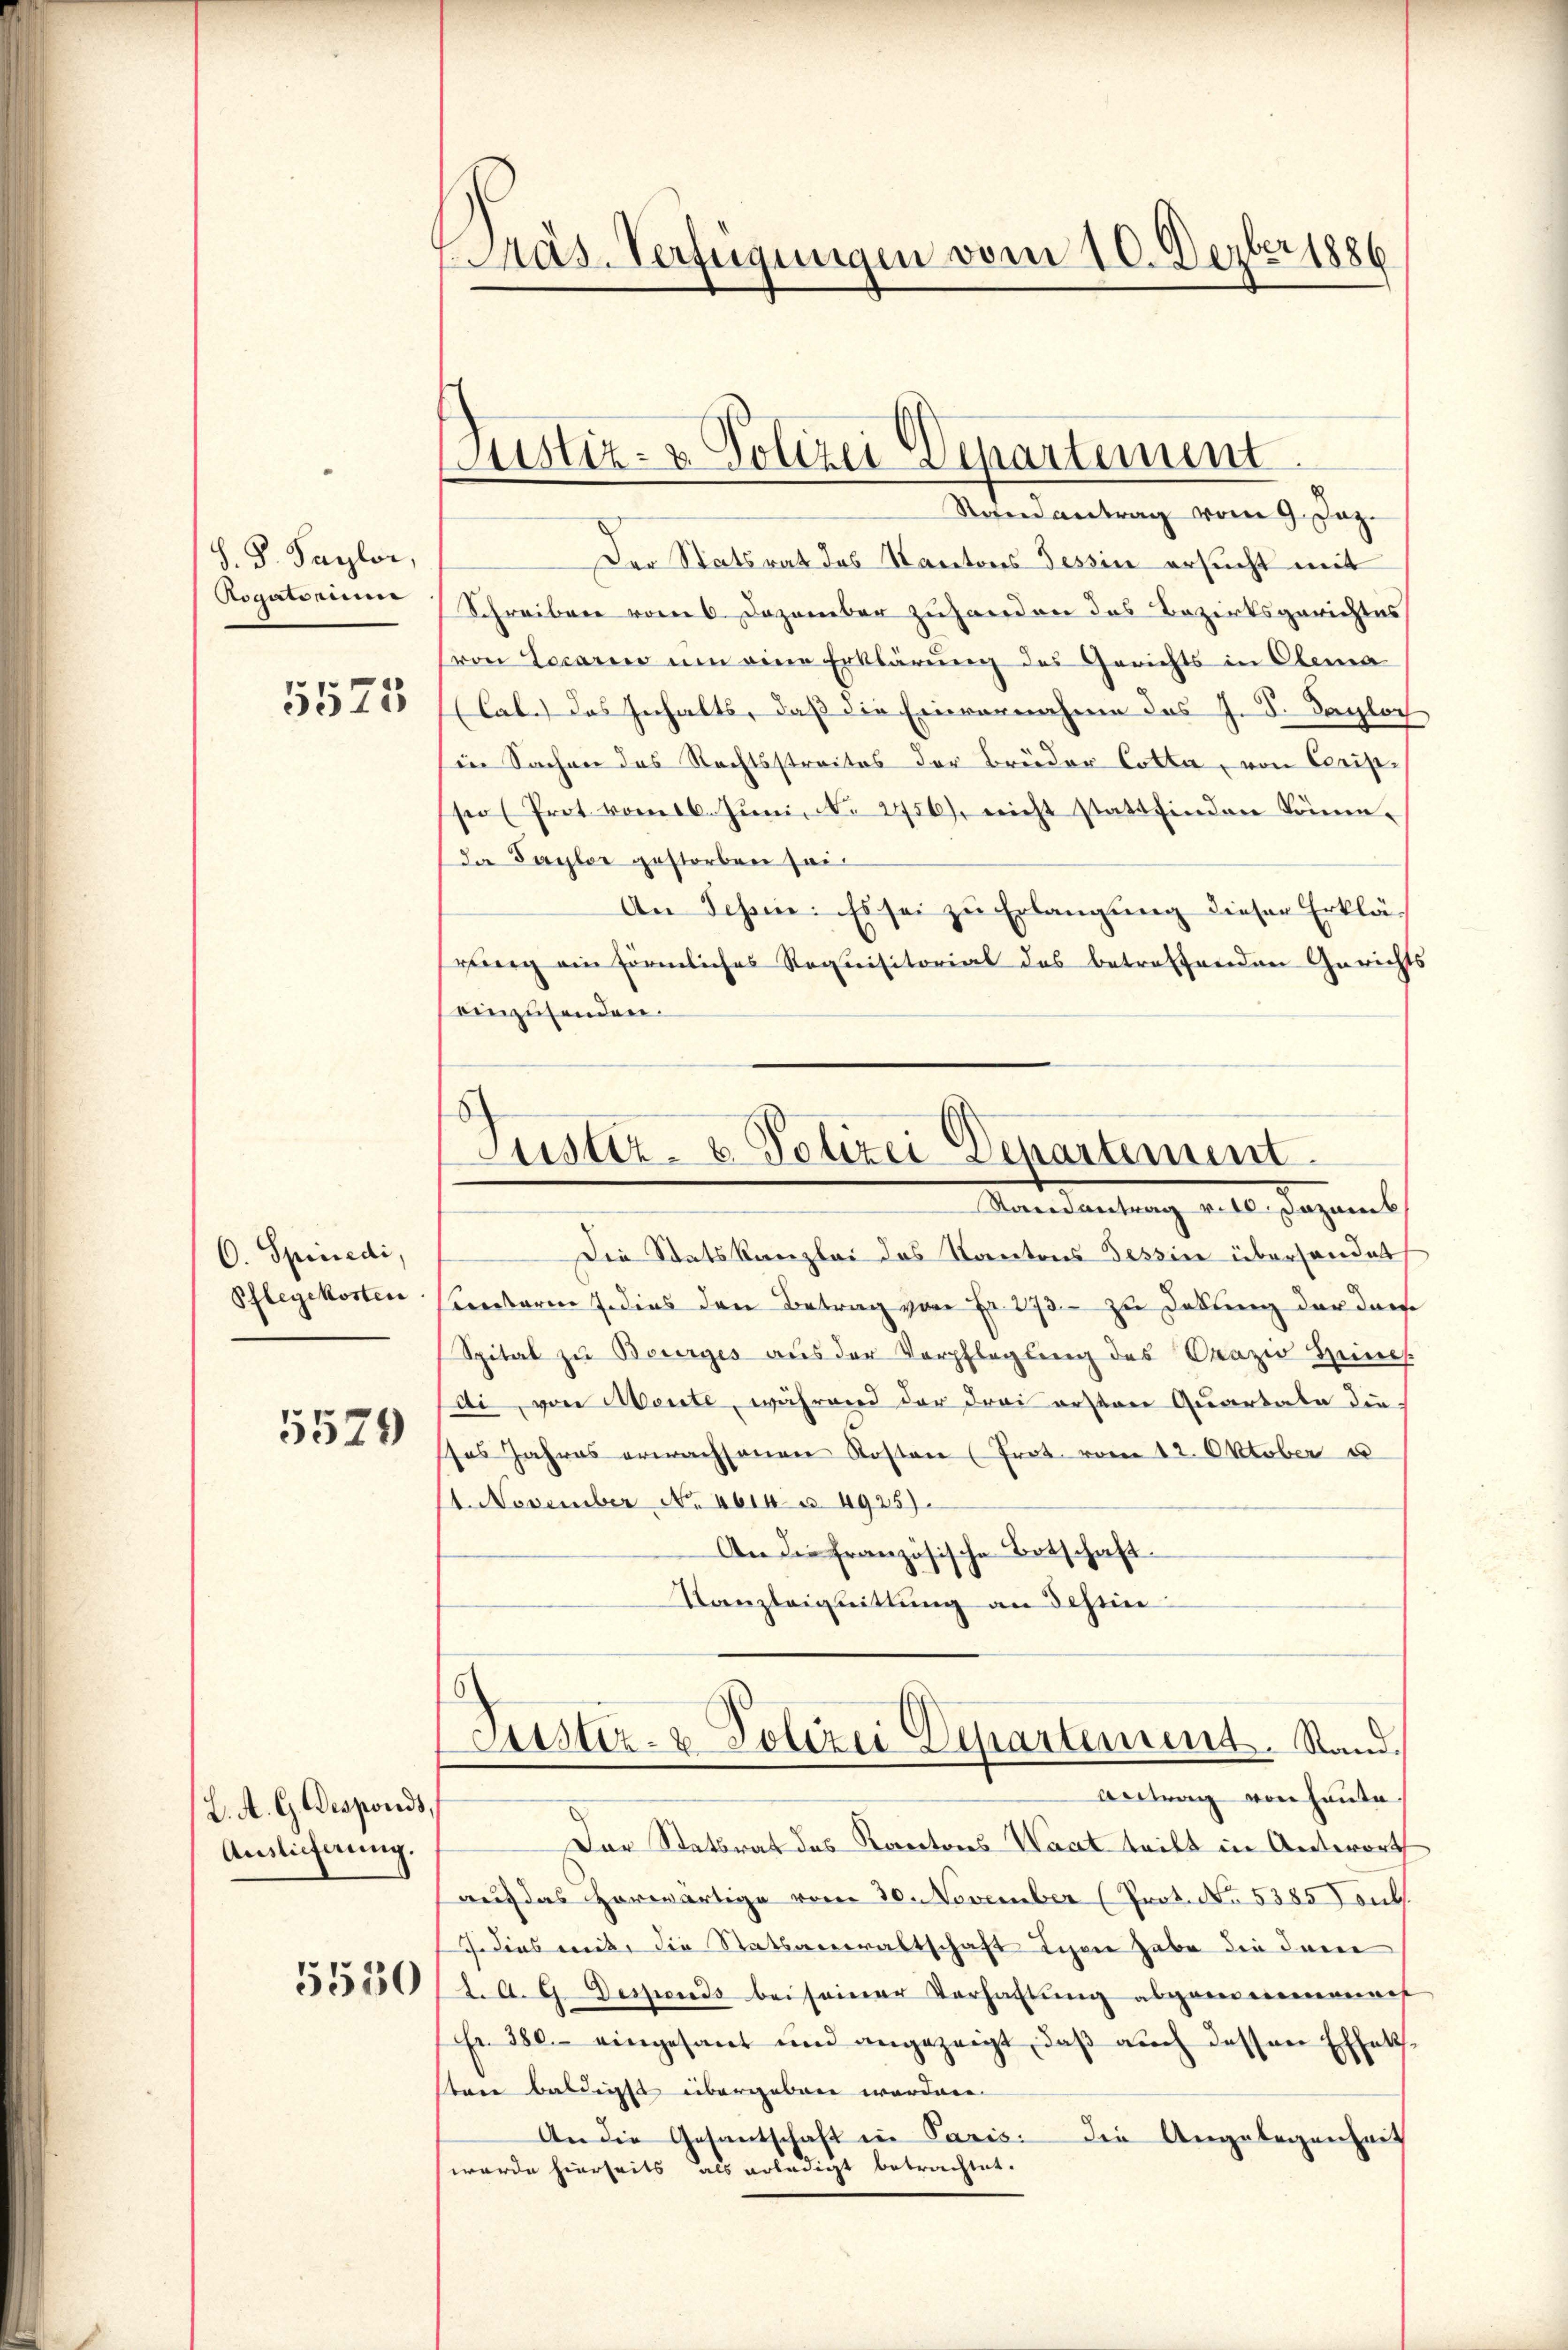
S. B. Paylor,
Rogatorum
5575

C. Spinedi,
Pflegekosten
5529

L. A. G. Desponds,
Auslieferung.

5530

Präs. Verfügungen vom 10. Dezbr 1886

Justiz- & Polizei Departement

Randantrag vom 9. Jaz.
Der Statsrat des Kantons Tessin ersucht mit
Schreiben vom 6. Dezember zuhanden das Bezirksgerichtes
von Locario um eine Erklärung des Gerichts in Clema
(Cab.) Das Inhalts, daß die Einvernahme des J. S. Tagloch
in Sachen des Rechtsstreites der Brüder Cotta, von Cristseo (Prot vom 16. Jŭni No 2756), nicht stattfinden kömm-
da Sayler gestorben sei¬
An Schein: Es sei zu Erlangung dieser Erkläwing ein förmliches Requisitorial des betreffenden Gerichts
einzusenden.
Die Statskanzlei das Kantons Tessin überhandet
Kantori dies den Betrag von Fr. 273. zu Debung der dans
Spital zu Bourges aus der Verpflegung des Orazio Zeines
di, von Mente, während der drei ersten Quartale die
ses Jahres erwachsangen Kosten (Prot. vom 12. Oktober e
1. November No. 4614. § 4925).
An die französische Botschaft.
Kanzleignittung an dehein
Justiz- & Polizei Departement. Stand.
Antrag von heute
Der Statsrat des Kantons Waat tritt in Antwort
auf das Horwärtige vom 30. November (Prot. No. 5385 Foul.
J. dies mit, die Statsanwaltschaft lesen habe die dane
d. A. G. Desponds bei seiner Verhaltung abgenomenannt
Fr. 380. eingesant und angezeigt, daß auch dessen Effeksten baldigst übergaben worden.
An die Gesantschaft in Paris. Die Angelegenheit
werde hierseits als erledigt betrachtet.

Justiz- & Polizei Departement.
Randantrag v. 10. Dazumit